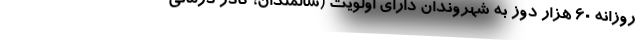
روزانه 60 هزار دوز به شهروندان دارای اولویت (سالمندان، کادر درمانی